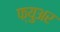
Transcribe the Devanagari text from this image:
फ्युअर